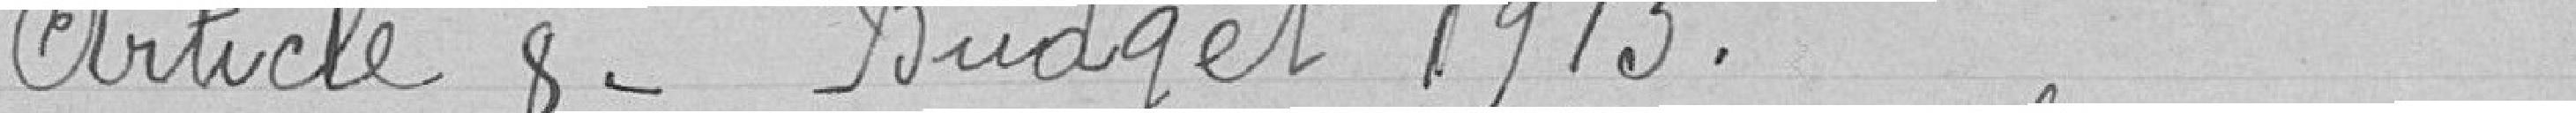
Article 8_ Budget 1913 .